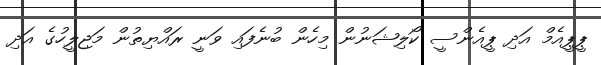
ޕީޕީއެމް އަދި ޕީއެންސީ ކޯލިޝަނުން މިހެން ބުނެފައި ވަނީ ރައްޔިތުން މަޖިލީހުގެ އަދި